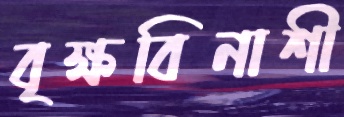
বৃক্ষবিনাশী